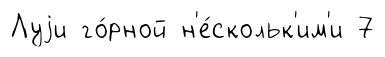
Луjи го́рной н'е́скольк'им'и 7